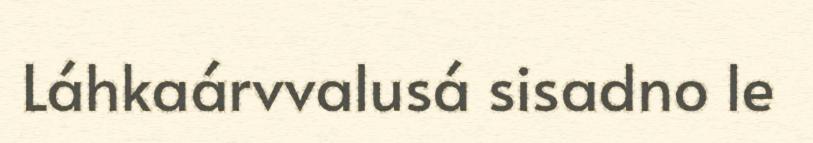
Láhkaárvvalusá sisadno le